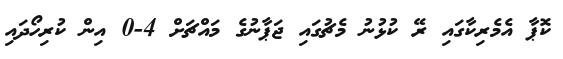
ކޮޕާ އެމެރިކާގައި ރޭ ކުޅުނު މެޗުގައި ޖަޕާނުގެ މައްޗަށް 4-0 އިން ކުރިހޯދައި